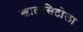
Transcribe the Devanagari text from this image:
खालसिटोला